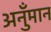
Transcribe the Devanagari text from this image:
अनुँमान